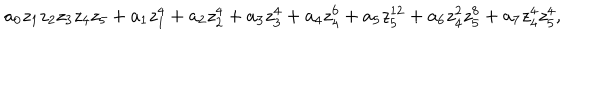
a _ { 0 } z _ { 1 } z _ { 2 } z _ { 3 } z _ { 4 } z _ { 5 } + a _ { 1 } z _ { 1 } ^ { 4 } + a _ { 2 } z _ { 2 } ^ { 4 } + a _ { 3 } z _ { 3 } ^ { 4 } + a _ { 4 } z _ { 4 } ^ { 6 } + a _ { 5 } z _ { 5 } ^ { 1 2 } + a _ { 6 } z _ { 4 } ^ { 2 } z _ { 5 } ^ { 8 } + a _ { 7 } z _ { 4 } ^ { 4 } z _ { 5 } ^ { 4 } ,